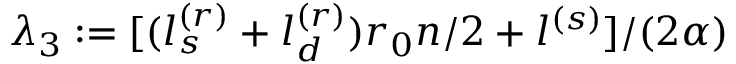
\lambda _ { 3 } : = [ ( l _ { s } ^ { ( r ) } + l _ { d } ^ { ( r ) } ) r _ { 0 } n / 2 + l ^ { ( s ) } ] / ( 2 \alpha )